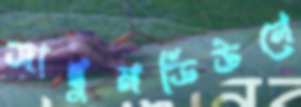
জাম্বুমডিউলে